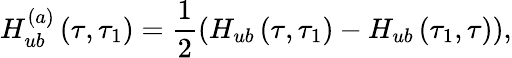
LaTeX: H_{ub}^{(a)}\left(\tau,\tau_{1}\right)=\frac{1}{2}\left(H_{ub}\left(\tau,\tau_{1}\right)-H_{ub}\left(\tau_{1},\tau\right)\right),